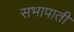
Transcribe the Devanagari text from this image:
सभापाती